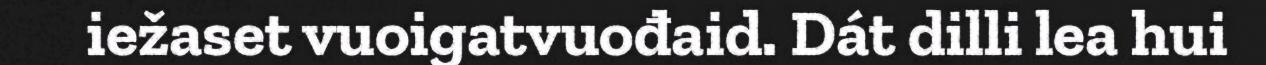
iežaset vuoigatvuođaid. Dát dilli lea hui